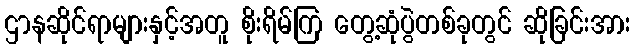
ဌာနဆိုင်ရာများနှင့်အတူ စိုးရိမ်ကြ တွေ့ဆုံပွဲတစ်ခုတွင် ဆိုခြင်းအား